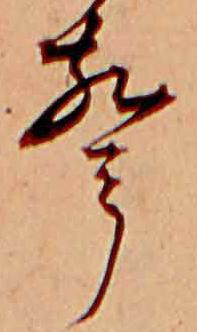
声